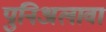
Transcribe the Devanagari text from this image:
पुनिअलावा